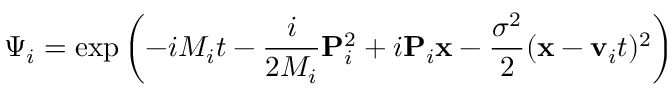
\Psi _ { i } = \exp \left( - i M _ { i } t - \frac { i } { 2 M _ { i } } { \bf P } _ { i } ^ { 2 } + i { \bf P } _ { i } { \bf x } - \frac { \sigma ^ { 2 } } { 2 } ( { \bf x } - { \bf v } _ { i } t ) ^ { 2 } \right)